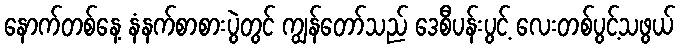
နောက်တစ်နေ့ နံနက်စာစားပွဲတွင် ကျွန်တော်သည် ဒေစီပန်းပွင့် လေးတစ်ပွင့်သဖွယ်